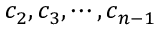
c _ { 2 } , c _ { 3 } , \cdots , c _ { n - 1 }